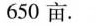
650亩。